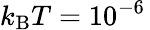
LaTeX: {k_{\mathrm{B}}T=10^{-6}\, }